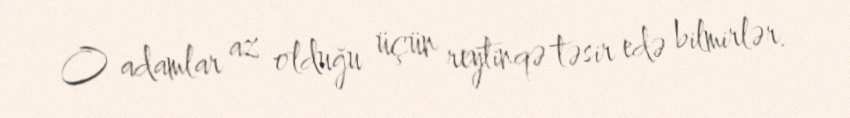
O adamlar az olduğu üçün reytinqə təsir edə bilmirlər.